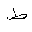
Letter: _da